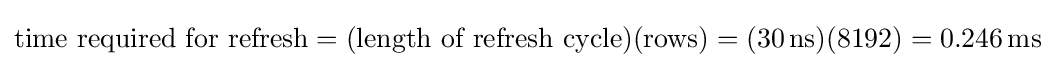
{\text{time required for refresh}}=({\text{length of refresh cycle}})({\text{rows}})=(30\,{\text{ns}})(8192)=0.246\,{\text{ms}}